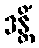
ဒန္တိံ